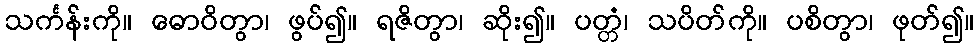
သင်္ကန်းကို။ ဓောဝိတွာ၊ ဖွပ်၍။ ရဇိတွာ၊ ဆိုး၍။ ပတ္တံ၊ သပိတ်ကို။ ပစိတွာ၊ ဖုတ်၍။